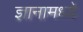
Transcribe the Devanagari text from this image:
ज्ञानामध्ये